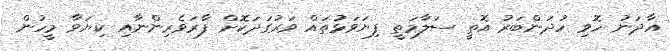
އާދަނު ހޮވި ހުދަންބަރު އޮތީ ސަލާމަތީ ފިޔަވަޅުތައް ވަރުގަދަކޮށް ފާރަވެރިންނާއި ކިޔަވާ މީހުން